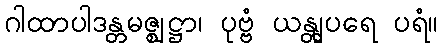
ဂါထာပါဒန္တမဇ္ဈဋ္ဌာ၊ ပုဗ္ဗံ ယန္တျပရေ ပရံ။